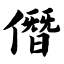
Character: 僭